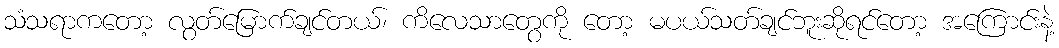
သံသရာကတော့ လွတ်မြောက်ချင်တယ်၊ ကိလေသာတွေကို တော့ မပယ်သတ်ချင်ဘူးဆိုရင်တော့ အကြောင်းနဲ့